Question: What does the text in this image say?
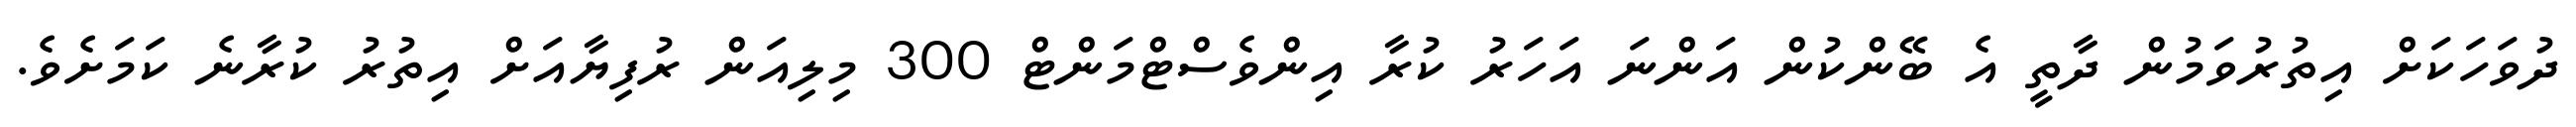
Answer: ދުވަހަކަށް އިތުރުވަމުން ދާތީ އެ ބޭންކުން އަންނަ އަހަރު ކުރާ އިންވެސްޓްމަންޓް 300 މިލިއަން ރުފިޔާއަށް އިތުރު ކުރާނެ ކަމަށެވެ.